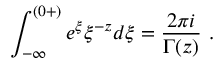
\int _ { - \infty } ^ { ( 0 + ) } e ^ { \xi } \xi ^ { - z } d \xi = \frac { 2 \pi i } { \Gamma ( z ) } ~ .